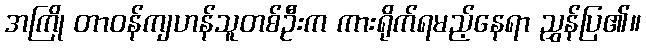
အကြို တာဝန်ကျဟန်သူတစ်ဦးက ကားရိုက်ရမည့်နေရာ ညွှန်ပြ၏။